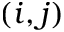
( i , j )